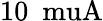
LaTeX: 10~\mathrm{\ muA}